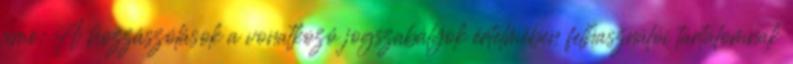
címe: A hozzászólások a vonatkozó jogszabályok értelmében felhasználói tartalomnak